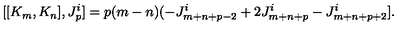
[ [ K _ { m } , K _ { n } ] , J _ { p } ^ { i } ] = p ( m - n ) ( - J _ { m + n + p - 2 } ^ { i } + 2 J _ { m + n + p } ^ { i } - J _ { m + n + p + 2 } ^ { i } ] .